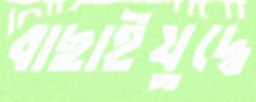
বাছাইযুদ্ধে